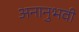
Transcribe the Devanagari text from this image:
अनानुभवी